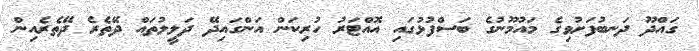
ގައްދޫ ދަނބުފަށުވިގެ މައުމޫނުގެ ބަސްފުޅުގައި އޮއްޓަރު ހުރިކަން އަންގައިދޭ ދަލީލުތައް ދޭތެރެ ދޭތެރެއިން